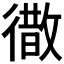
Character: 𭜁